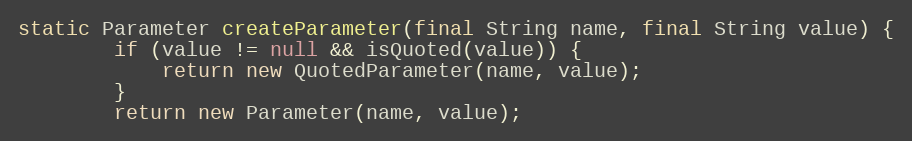
Language: Java
static Parameter createParameter(final String name, final String value) {
        if (value != null && isQuoted(value)) {
            return new QuotedParameter(name, value);
        }
        return new Parameter(name, value);